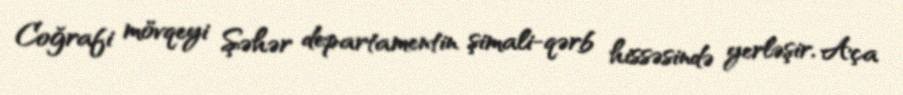
Coğrafi mövqeyi Şəhər departamentin şimali-qərb hissəsində yerləşir, Aça